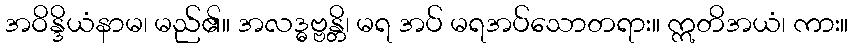
အဝိန္ဒိယံနာမ၊ မည်၏။ အလဒ္ဓဗ္ဗန္တိ၊ မရ အပ် မရအပ်သောတရား။ ဣတိအယံ၊ ကား။